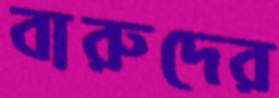
বারুদের